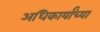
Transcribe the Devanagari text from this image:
अधिकार्यांच्या